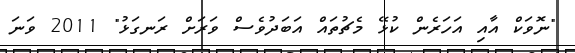
"ނޮވަކް އާއި އަހަރެން ކުޅޭ މެޗުތައް އަބަދުވެސް ވަރަށް ރަނގަޅު" 2011 ވަނަ